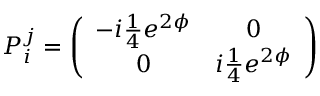
P _ { i } ^ { j } = \left( \begin{array} { c c } { { - i { \textstyle { \frac { 1 } { 4 } } } e ^ { 2 \phi } } } & { { 0 } } \\ { { 0 } } & { { i { \textstyle { \frac { 1 } { 4 } } } e ^ { 2 \phi } } } \end{array} \right)